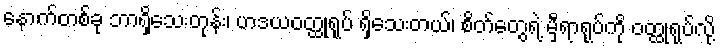
နောက်တစ်ခု ဘာရှိသေးတုန်း၊ ဟဒယဝတ္ထုရုပ် ရှိသေးတယ်၊ စိတ်တွေရဲ့ မှီရာရုပ်ကို ဝတ္ထုရုပ်လို့